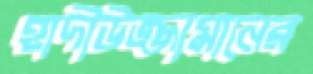
হাদীউজ্জামানের